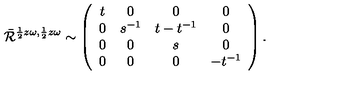
\bar { \cal R } ^ { \frac { 1 } { 2 } z \omega , \frac { 1 } { 2 } z \omega } \sim \left( \begin{array} { c c c c } { t } & { 0 } & { 0 } & { 0 } \\ { 0 } & { s ^ { - 1 } } & { t - t ^ { - 1 } } & { 0 } \\ { 0 } & { 0 } & { s } & { 0 } \\ { 0 } & { 0 } & { 0 } & { - t ^ { - 1 } } \\ \end{array} \right) .